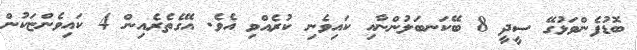
ބޮޑުފެންވަޅުގޭ ސީދީ 8 ބޭކަނބަލުންނާއި ކައިވެނި ކުރެއްވި އެވެ. އޭގެތެރެއިން 4 ކައިވެންޏަކުން